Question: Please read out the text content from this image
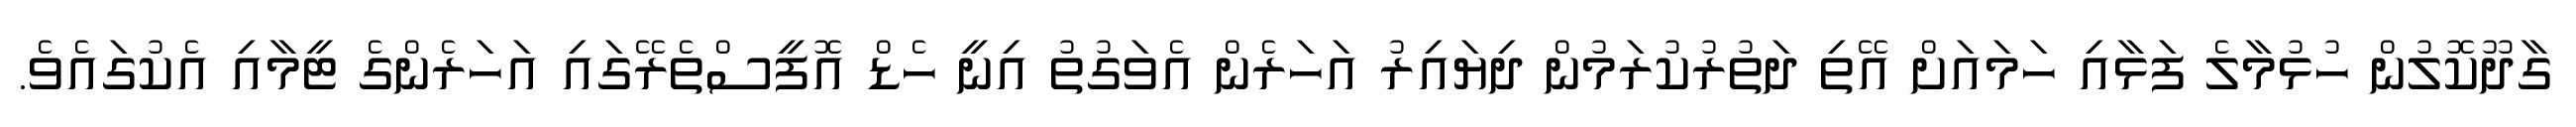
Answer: ގާދޫކޮލުން ހުޅުމާލެ ފަޅާއި ހަމައަށް އޭތި ދަތުރުކުރަމުން ދިޔައިރު އަހަރެން އެވަގުތު އިނީ ހެޑް އޮފީސްތެރޭގައި އަހަރެންގެ ޓީމާއި އެކުގައެވެ.